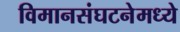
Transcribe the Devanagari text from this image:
विमानसंघटनेमध्ये